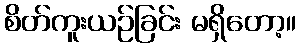
စိတ်ကူးယဉ်ခြင်း မရှိတော့။